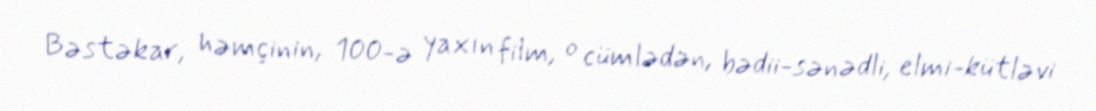
Bəstəkar, həmçinin, 100-ə yaxın film, o cümlədən, bədii-sənədli, elmi-kütləvi